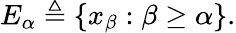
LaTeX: E_{\alpha}\triangleq\{ x_{\beta}:\beta\geq\alpha\} .